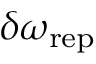
\delta \omega _ { \mathrm { r e p } }